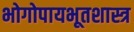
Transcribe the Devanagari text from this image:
भोगोपायभूतशास्त्र